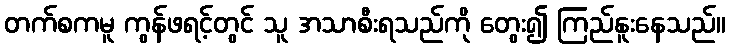
တက်စကမူ ကွန်ဖရင့်တွင် သူ အသာစီးရသည်ကို တွေး၍ ကြည်နူးနေသည်။